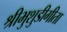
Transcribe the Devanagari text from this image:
श्रीभुशुडीगीता